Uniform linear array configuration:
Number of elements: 16
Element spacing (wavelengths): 0.75
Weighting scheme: hamming
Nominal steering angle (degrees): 60
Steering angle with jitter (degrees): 58.932
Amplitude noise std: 0.05
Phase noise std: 0.05

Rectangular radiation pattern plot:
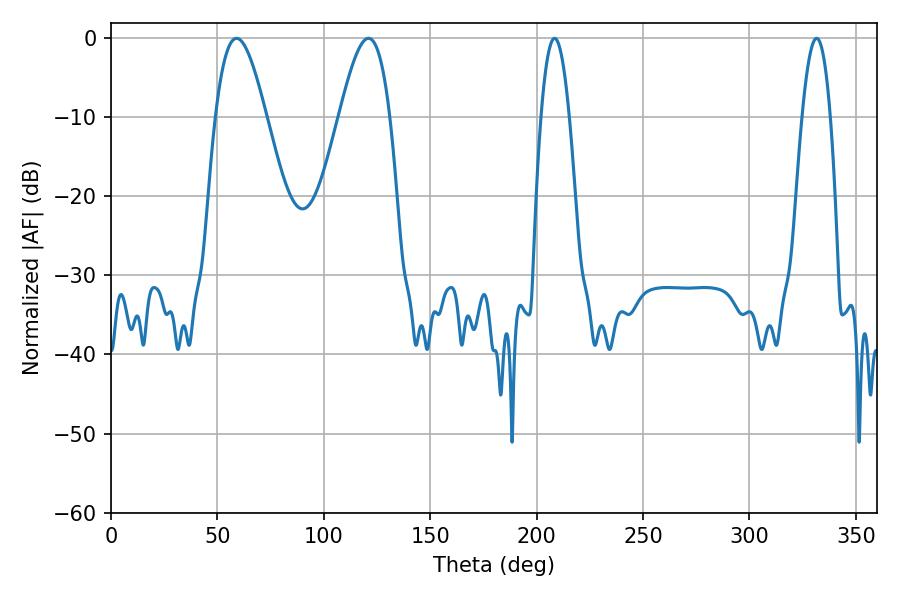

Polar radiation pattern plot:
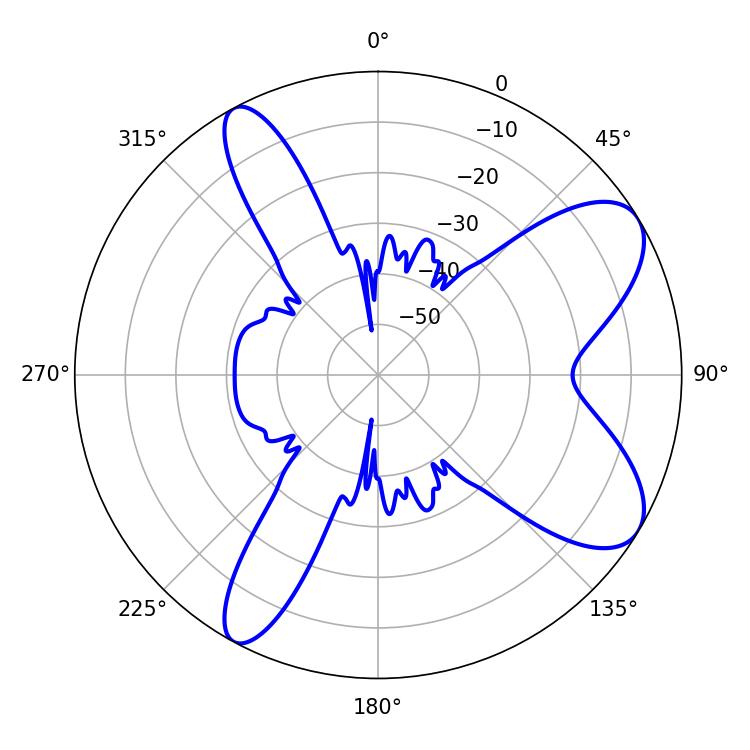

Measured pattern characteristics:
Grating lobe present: TRUE
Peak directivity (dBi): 8.312
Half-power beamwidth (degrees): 7.38
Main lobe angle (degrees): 208.44